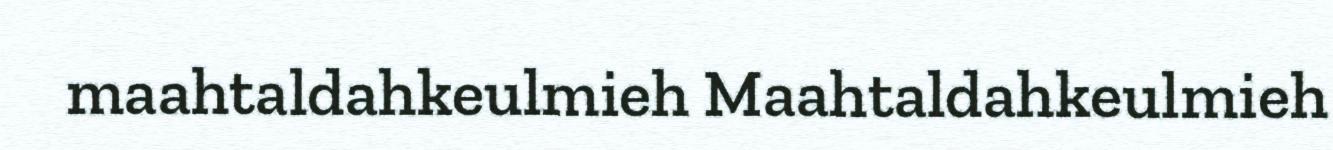
maahtaldahkeulmieh Maahtaldahkeulmieh